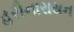
હરીનારાયન